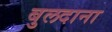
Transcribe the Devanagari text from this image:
बुलदाना